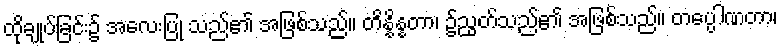
ထိုချုပ်ခြင်း၌ အလေးပြု သည်၏ အဖြစ်သည်။ တိန္နိန္နတာ၊ ၌ညွတ်သည်၏ အဖြစ်သည်။ တပ္ပေါဏတာ၊